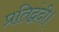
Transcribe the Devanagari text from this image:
प्रतिद्वंदी।